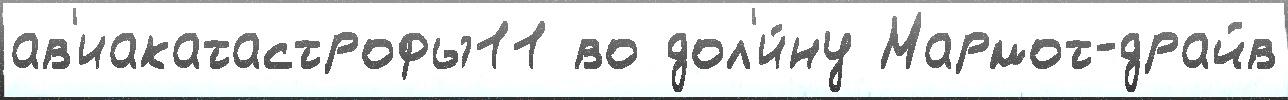
ав'иакатастрофы11 во дол'и́ну Мармот-драйв